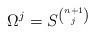
LaTeX: \begin{align*} \Omega^j=S^{n+1 \choose j}\end{align*}